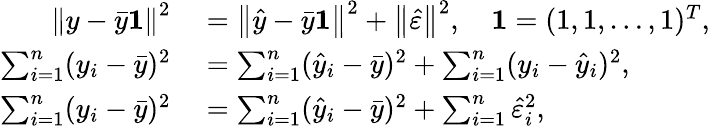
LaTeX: \begin{array}{rl}{\left\| y-{\bar{y}}\mathbf{1}\right\| ^{2}}&{{}=\left\| {\hat{y}}-{\bar{y}}\mathbf{1}\right\| ^{2}+\left\| {\hat{\varepsilon}}\right\| ^{2},\quad\mathbf{1}=(1,1,\ldots,1)^{T},}\\ {\sum_{i=1}^{n}(y_{i}-{\bar{y}})^{2}}&{{}=\sum_{i=1}^{n}({\hat{y}}_{i}-{\bar{y}})^{2}+\sum_{i=1}^{n}(y_{i}-{\hat{y}}_{i})^{2},}\\ {\sum_{i=1}^{n}(y_{i}-{\bar{y}})^{2}}&{{}=\sum_{i=1}^{n}({\hat{y}}_{i}-{\bar{y}})^{2}+\sum_{i=1}^{n}{\hat{\varepsilon}}_{i}^{2},}\end{array}